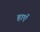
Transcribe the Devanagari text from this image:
हाएॅ